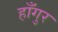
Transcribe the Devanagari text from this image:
हाँगुर